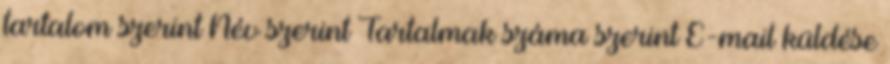
tartalom szerint Név szerint Tartalmak száma szerint E-mail küldése